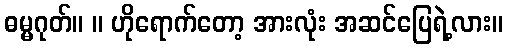
ဓမ္မဂုတ်။ ။ ဟိုရောက်တော့ အားလုံး အဆင်ပြေရဲ့လား။